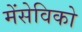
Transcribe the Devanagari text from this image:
मेंसेविको